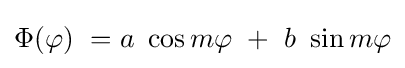
\Phi (\varphi )\ =a\ \cos m\varphi \ +\ b\ \sin m\varphi